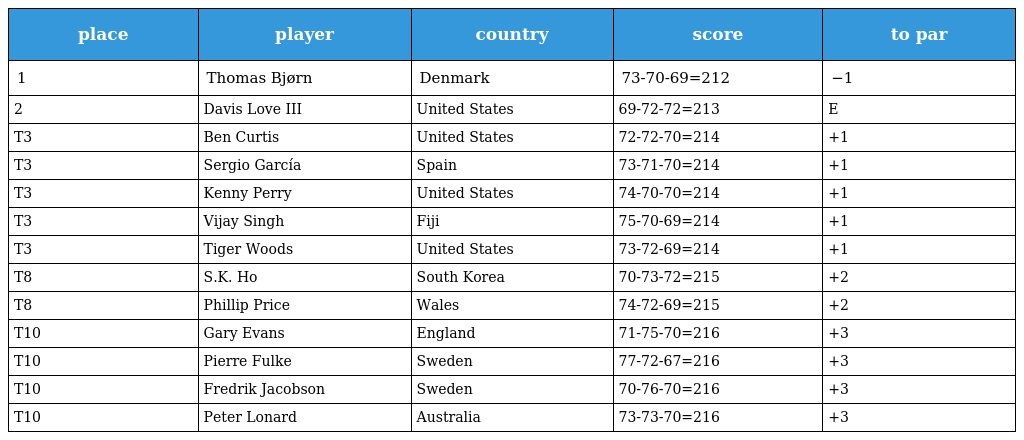
| place | player | country | score | to par |
 | --- | --- | --- | --- | --- |
 | 1 | Thomas Bjørn | Denmark | 73-70-69=212 | −1 |
 | 2 | Davis Love III | United States | 69-72-72=213 | E |
 | T3 | Ben Curtis | United States | 72-72-70=214 | +1 |
 | T3 | Sergio García | Spain | 73-71-70=214 | +1 |
 | T3 | Kenny Perry | United States | 74-70-70=214 | +1 |
 | T3 | Vijay Singh | Fiji | 75-70-69=214 | +1 |
 | T3 | Tiger Woods | United States | 73-72-69=214 | +1 |
 | T8 | S.K. Ho | South Korea | 70-73-72=215 | +2 |
 | T8 | Phillip Price | Wales | 74-72-69=215 | +2 |
 | T10 | Gary Evans | England | 71-75-70=216 | +3 |
 | T10 | Pierre Fulke | Sweden | 77-72-67=216 | +3 |
 | T10 | Fredrik Jacobson | Sweden | 70-76-70=216 | +3 |
 | T10 | Peter Lonard | Australia | 73-73-70=216 | +3 |